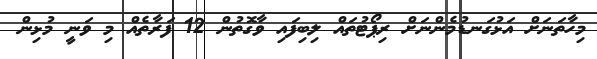
މިހާތަނަށް އަޅުގަނޑުމެންނަށް ރިޕޯޓުތައް ލިބިފައި ވާގޮތުން 12 ފަރާތެއް މި ވަނީ މުޅިން